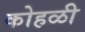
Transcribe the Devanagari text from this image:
कोहळी